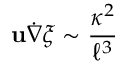
{ \bf u } \dot { \nabla } \xi \sim { \frac { \kappa ^ { 2 } } { \ell ^ { 3 } } }